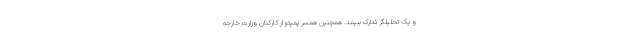
و یک تحلیلگر تدارک ببینند. همچنین همسر پمپئو از کارکنان وزارت خارجه